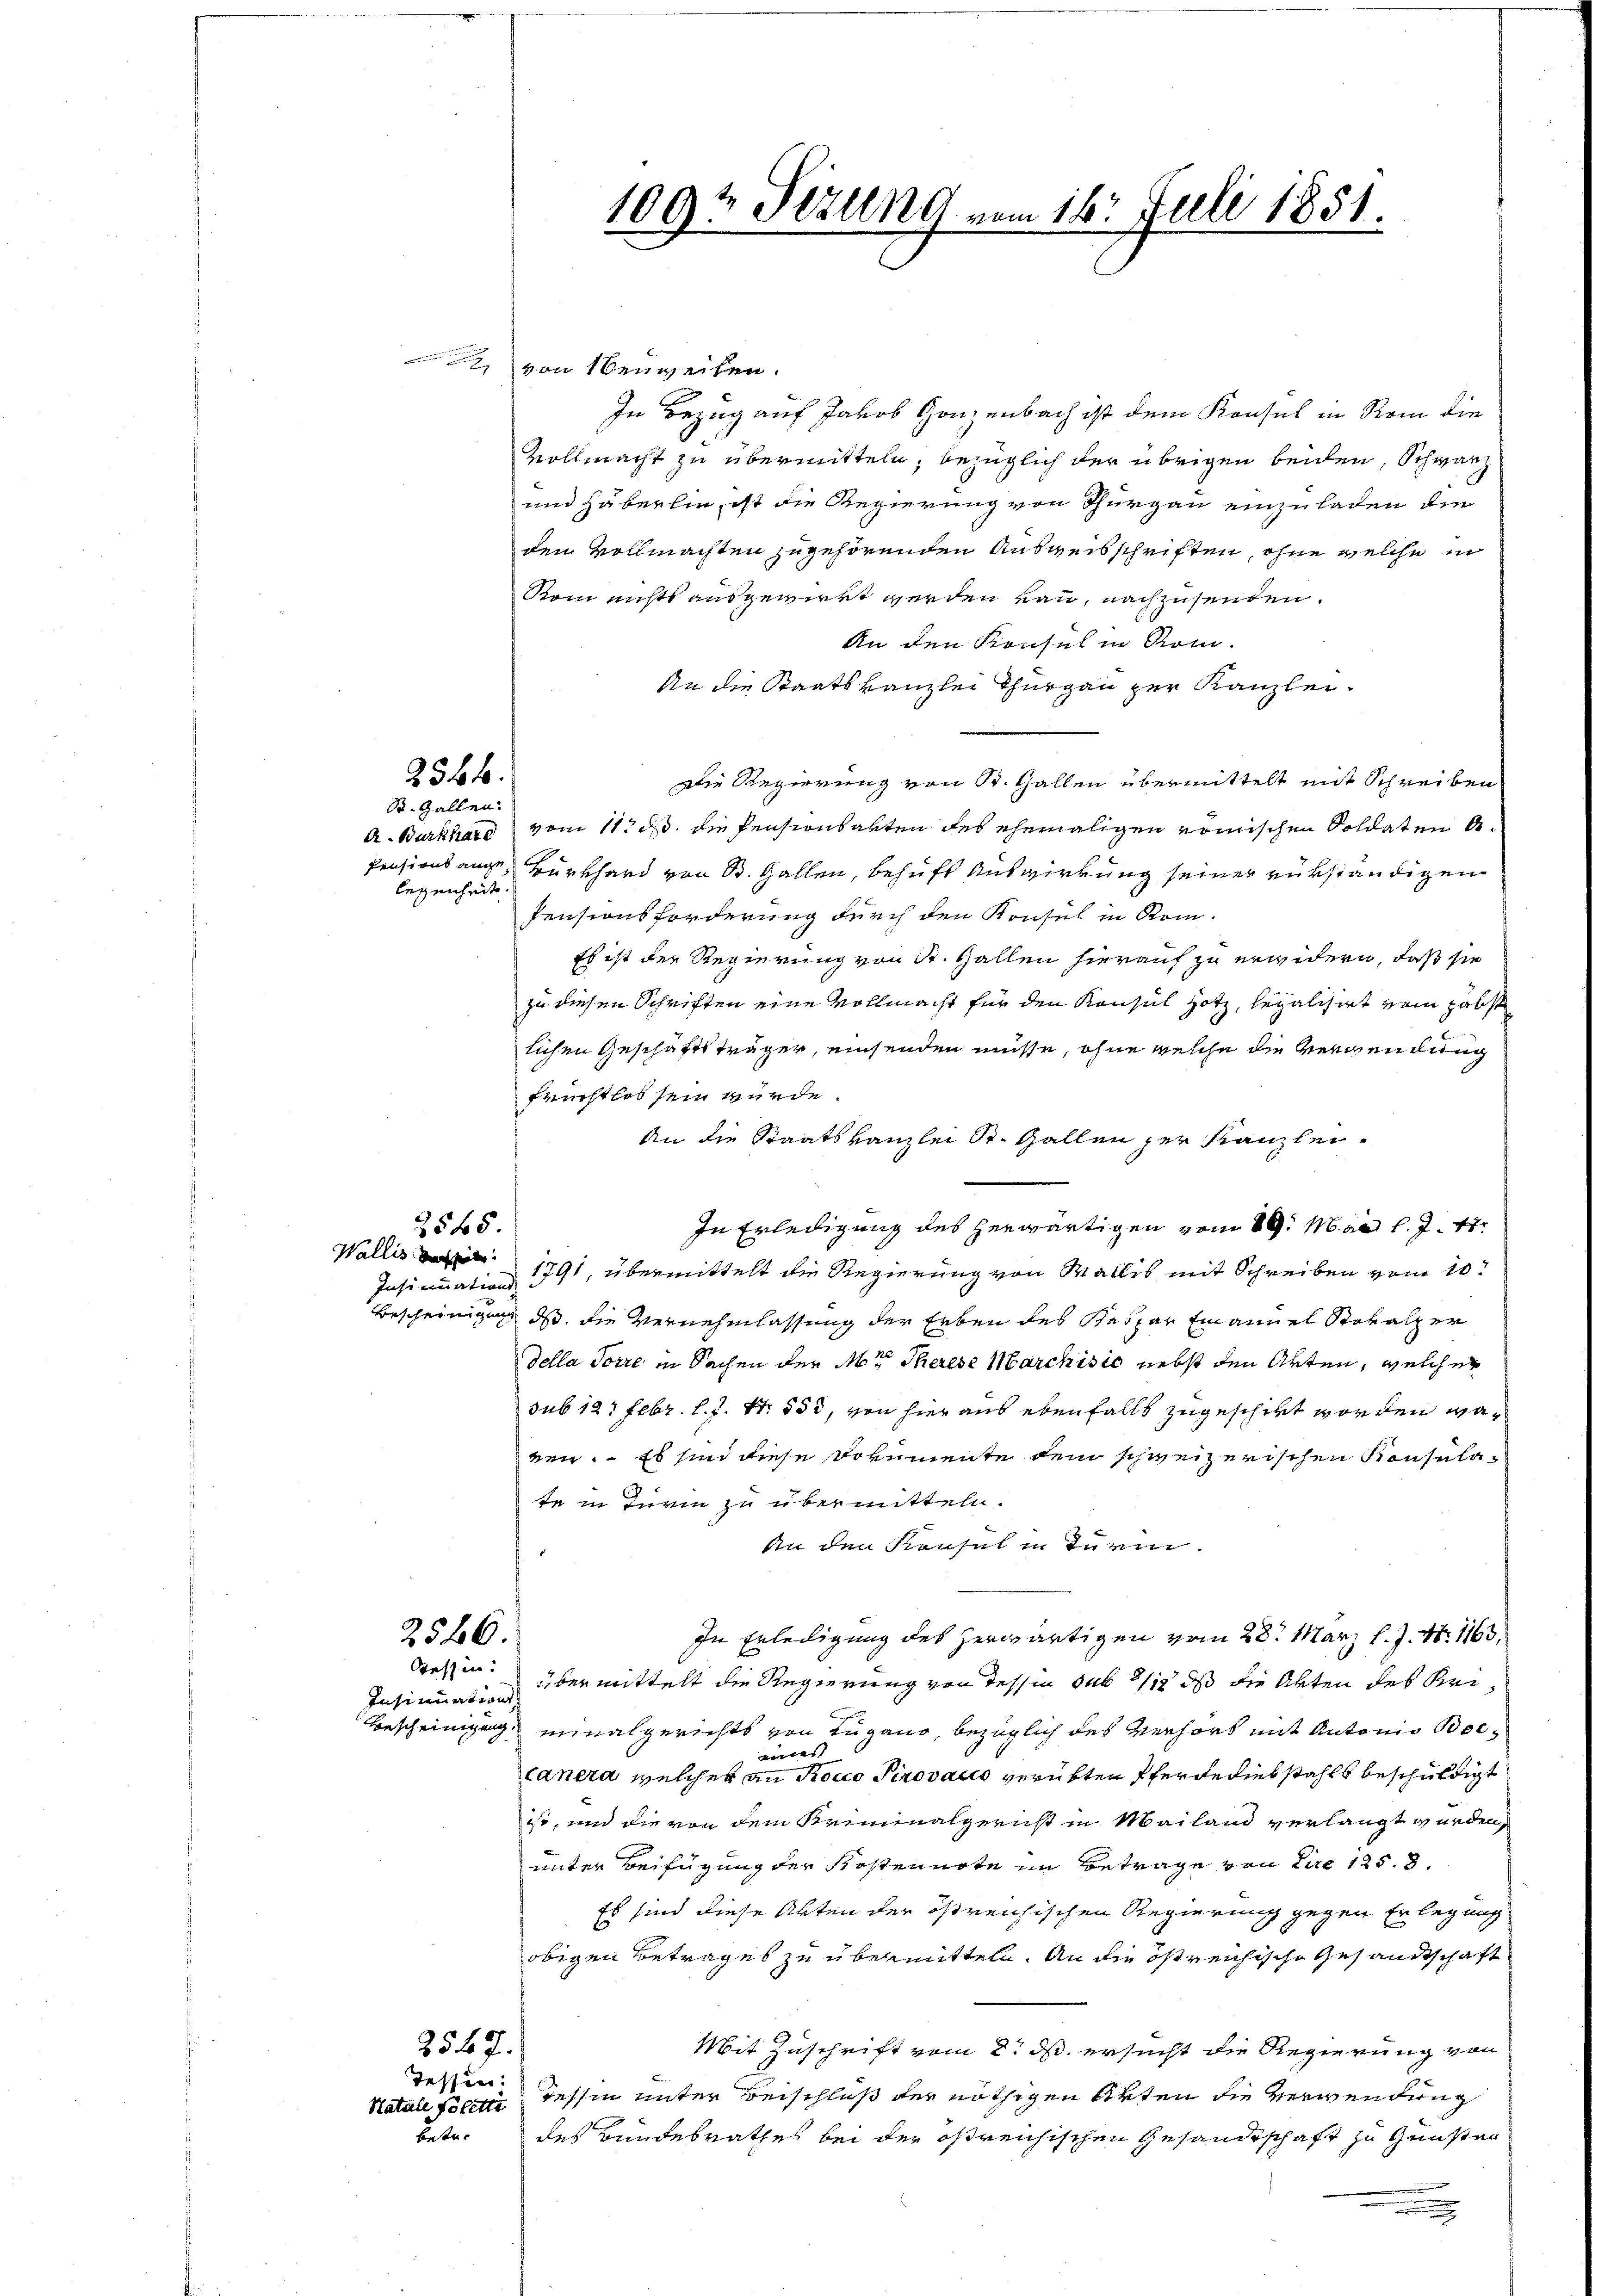
legenheit.

254 f.
S. Gallen.

Wallis sechsel

2545.

2526.
Steffin

Insinuation

Tessin:

von Neuweilen.

In Bezug auf Jakob Ganzenbach ist dem Konsul in Rom die
Vollmacht zu übermitteln, bezüglich der übrigen beiden, Schwarz
und Häberlin, ist die Regierung von Thurgau einzuladen die
den Vollmachten zugehörenden Ausweisschriften, ohne welche in
Rom nichts ausgewirkt werden kann, nachzusenden.
An den Konsul in Rom.
An die Staatskanzlei Thurgau zur Kanzlei¬
Die Regierung von St. Gallen übermittelt mit Schreiben
A. Burkhard vom 11. ds. die Pensionsarten des ehemaligen römischen Soldaten A¬
Pensionsange, Burkhard von St. Gallen, behaft Auswirkung seiner rükständigen
Pensionsforderung durch den Konsul in Kom-
Es ist der Regierung von St. Gallen hierauf zu erwidern, daß sie
zu diesen Schriften eine Vollmacht für den Konsul Hotz, legalisirt vom päbst
lichen Geschäftsträger, einsenden müsse, ohne welche die Verwendung
früchtlos sein würde.
An die Staatskanzlei St. Gallen zur Kanzlei-
In Erledigung des herwärtigen vom 19. Mai l. J. 17
Insinuation 1791, übermittelt die Regierung von Wallis mit Schreiben vom 10t
Bescheinigung ds die Vernehmlassung der Erben des Kaspar Emanuel Storalper
della Sorre in Sachen der Abt Therese Marchisic nebst den Arten, welcher
sub 127 Febr. l. J. Nr. 553, von hier aus ebenfalls zugeschikt worden wäven. Es sind diese Dokumente dem schweizerischen Konsulate in Turin zu übermitteln.
An den Konsul in Turm.
In Erledigung des herwärtigen vom 28. März l. J. N. 1163,
übermittelt die Regierung von dessin sub 1/12 ds die Akten des Uri¬
Bescheinigung einalgerichts von Lugano, bezüglich des Verhört mit Antonio Bocaites
canera, welcher an Roco Pinovacco verübten Pferde diebstahls beschuldigt
ist, und die von dem Kriminalgericht in Mailand verlangt wurden,
unter Beifügung der Kostennote im Betrage von die 1258.
Es sind diese Akten der östreichischen Regierung gegen Erlegung
obigen Betrages zu übermitteln. An die östreichische Gesandtschaft
2547.
Mit Zuschrift vom 2. ds. ersucht die Regierung von
Ratale sein Tessin unter Beischluß der nöthigen Arten die Verwendung
betr. des Bundesrathes bei der offreichischen Gesandtschaft zu Gunsten

1002 Sizung vom 16. Juli 1851.